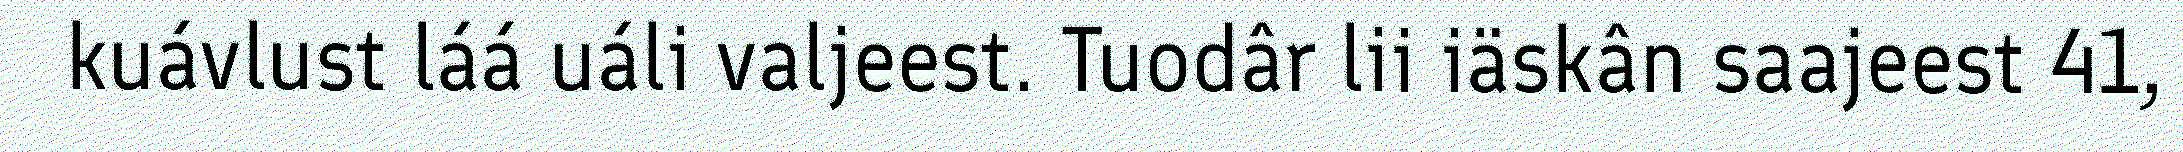
kuávlust láá uáli valjeest. Tuodâr lii iäskân saajeest 41,